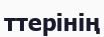
ттерінің